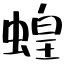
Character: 蝗